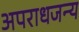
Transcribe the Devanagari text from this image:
अपराधजन्य